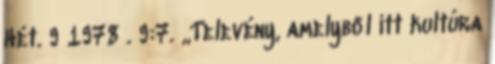
Hét. 9 1978 . 9:7. „Televény, amelyből itt kultúra